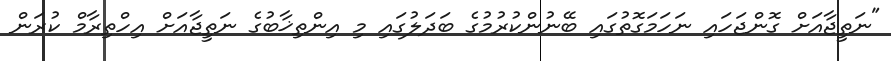
"ނަތީޖާއަށް ގޮންޖަހައި ނަހަމަގޮތުގައި ބޭނުންކުރުމުގެ ބަދަލުގައި މި އިންތިޚާބުގެ ނަތީޖާއަށް އިހްތިރާމް ކުރަން